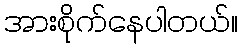
အားစိုက်နေပါတယ်။